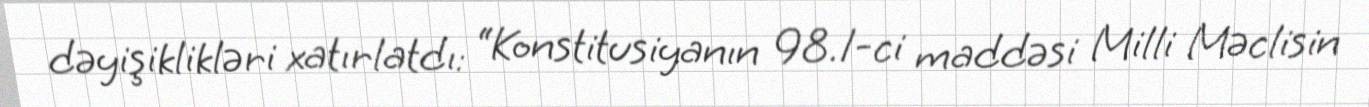
dəyişiklikləri xatırlatdı: “Konstitusiyanın 98.1-ci maddəsi Milli Məclisin